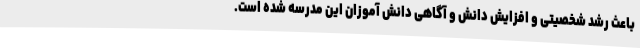
باعث رشد شخصیتی و افزایش دانش و آگاهی دانش آموزان این مدرسه شده است.